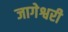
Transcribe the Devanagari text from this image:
जागेश्वरी